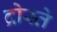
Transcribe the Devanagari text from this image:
द्रोस्ते